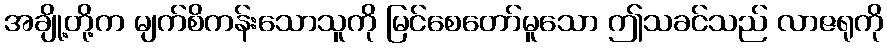
အချို့တို့က မျက်စိကန်းသောသူကို မြင်စေတော်မူသော ဤသခင်သည် လာဇရုကို